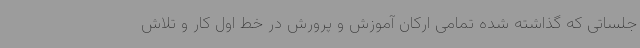
جلساتی که گذاشته شده تمامی ارکان آموزش و پرورش در خط اول کار و تلاش